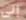
إلى